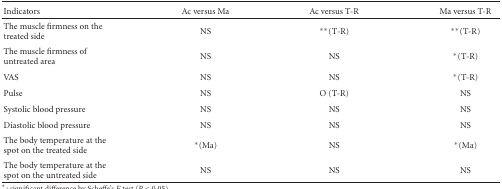
<table><thead><tr><td><b>Indicators</b></td><td><b>Ac versus Ma</b></td><td><b>Ac versus T-R</b></td><td><b>Ma versus T-R</b></td></tr></thead><tbody><tr><td>The muscle firmness on the treated side</td><td>NS</td><td>**(T-R)</td><td>**(T-R)</td></tr><tr><td>The muscle firmness of untreated area</td><td>NS</td><td>NS</td><td>*(T-R)</td></tr><tr><td>VAS</td><td>NS</td><td>NS</td><td>*(T-R)</td></tr><tr><td>Pulse</td><td>NS</td><td>O (T-R)</td><td>NS</td></tr><tr><td>Systolic blood pressure</td><td>NS</td><td>NS</td><td>NS</td></tr><tr><td>Diastolic blood pressure</td><td>NS</td><td>NS</td><td>NS</td></tr><tr><td>The body temperature at the spot on the treated side</td><td>*(Ma)</td><td>NS</td><td>*(Ma)</td></tr><tr><td>The body temperature at the spot on the untreated side</td><td>NS</td><td>NS</td><td>NS</td></tr></tbody></table>